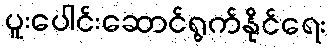
ပူးပေါင်းဆောင်ရွက်နိုင်ရေး